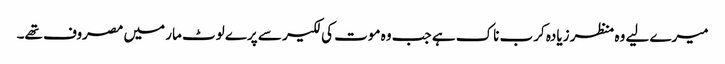
میرے لیے وہ منظر زیادہ کرب ناک ہے جب وہ موت کی لکیر سے پرے لوٹ مار میں مصروف تھے۔